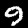
Digit: 9